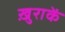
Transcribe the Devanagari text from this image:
ख़ुराकें